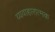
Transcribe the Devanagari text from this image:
व्यवाहारात्मक